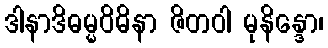
ဒါနာဒိဓမ္မဝိဓိနာ ဇိတဝါ မုနိန္ဒော၊